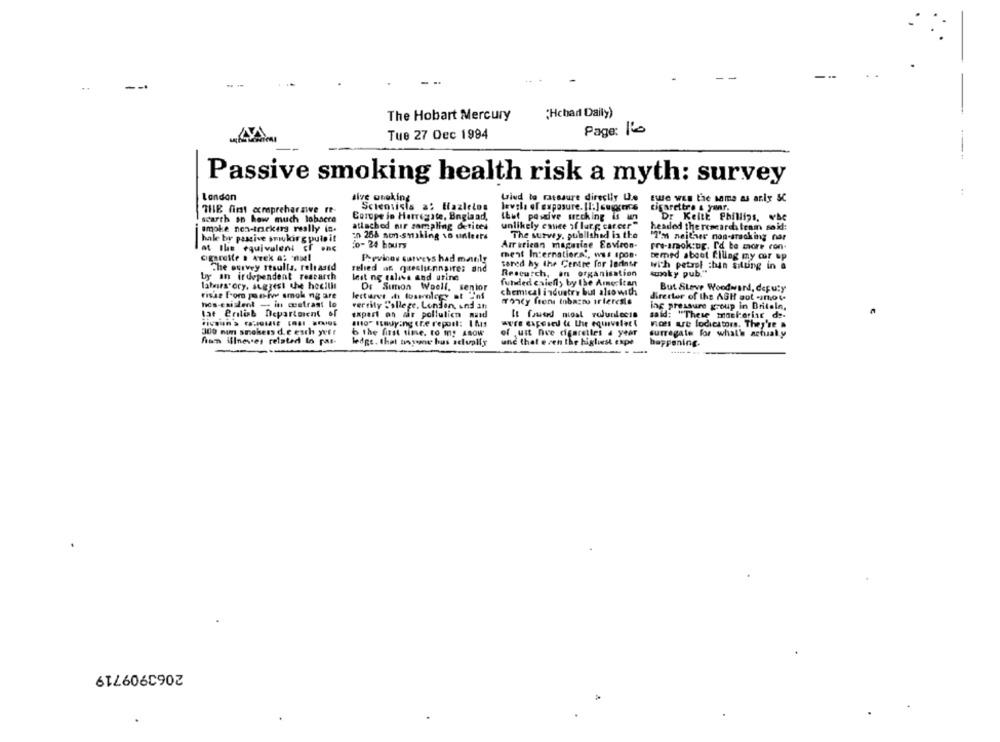
..
The Hobart Mercury
(Hchar Daily)
Page: 11
Tue 27 Dec 1994
----
Passive smoking health risk a myth: survey
:
Landon
sive oneking
Lind to ratssure directly U.e
Ewe wEs the same as ariy &C
Scientists a: Hazlelos
levels of exposure. [1] cuges
cigarettre & yanr.
THE fint compreharawe re-
Corupe jo Harrigate, Bngland,
Dr KeltE Phillips, vbe
scarth on how much lobacre
thet paudve uecking is in
smoke non-trackers really in.
attached nur sampling detites
unlikely entice af lar .; career"
headed the research team sokd:
hale by passive smukirg puto it
:0 268 non-smoking vo unteers
The survey, published in the
"I'm neither non-smacking nar
0- 24 hours
Arr trican magaine Environ-
at the equivalent cf onc
rre-anok:og. I'd be more ron-
cigarette . Arek a: - noel
Previnou surveys had mainly
ment Internatiers ;, was IpoB.
temed aboot Ciling my mir op
The survey results. released
tered hy the Centre for ladinsr
with petrol thin sitting in a
relied af queelinnaire; and
Research, an organisation
smoky pub."
by an irdependent reacarch
Inst ng galivs and urine
funded calefly by the American
labirs'ory, suggest the heellit
Dr Simon Woell, senior
But SLeve Woodward, deputy
rishe From por-ive smol ng are
lectures shi losrolegy at inf
chemical industry but also with
director of the ASH got -mote
nos-exislent - in cetrast lo
fronty frens Inbazno irlereste
ing pressure group in Britain,
vercity College, London, and an
tat Prilisb Department of
expert on air pollulicn mand
said: "These moslerist de-
suo" staying Ere report: I Ms
were exposed le the equivalec 4
nos are lodicators. They're &
300 num smokers d.e esch wvfr
b the first time, to my LaOW
of just nve cigaretles a year
surregate for what's actual y
fian illneves related to pat-
ledge. that tisyome bus scluplis
unc that ezen the higliest expe
happening.
2063909719